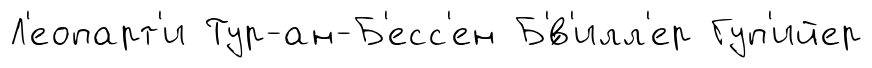
Л'еопарт'и Тур-ан-Б'есс'ен Б'́в'илл'ер Гуп'ийер